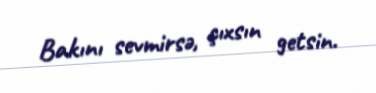
Bakını sevmirsə, çıxsın getsin.